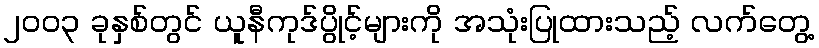
၂၀၀၃ ခုနှစ်တွင် ယူနီကုဒ်ပွိုင့်များကို အသုံးပြုထားသည့် လက်တွေ့